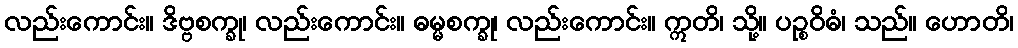
လည်းကောင်း။ ဒိဗ္ဗစက္ခု၊ လည်းကောင်း။ ဓမ္မစက္ခု၊ လည်းကောင်း။ ဣတိ၊ သို့။ ပဉ္စဝိဓံ၊ သည်။ ဟောတိ၊